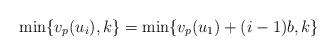
LaTeX: \begin{align*}\min\{ v_p(u_i), k \} = \min \{ v_p(u_1) + (i-1) b, k \}\end{align*}